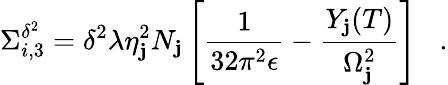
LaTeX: \Sigma_{i,3}^{\delta^{2}}=\delta^{2}\lambda\eta_{\mathbf{j}}^{2}N_{\mathbf{j}}\left[\frac{{1}}{{32\pi^{2}\epsilon}}-\frac{{Y_{\mathbf{j}}(T)}}{{\Omega_{\mathbf{j}}^{2}}}\right]\; \; \; .